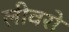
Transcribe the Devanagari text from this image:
लीवरो